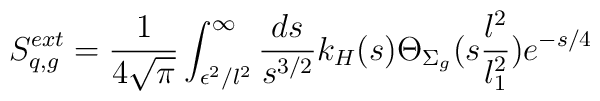
S^{ext}_{q, g}={1\over 4\sqrt{\pi}}\int^\infty_{\epsilon^2 / l^2} {ds\over s^{3/2}} k_H (s)\Theta_{\Sigma_g} (s {l^2\over l_1^2})e^{-{s/ 4}}~~